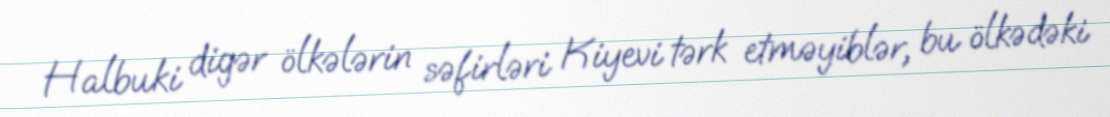
Halbuki digər ölkələrin səfirləri Kiyevi tərk etməyiblər, bu ölkədəki